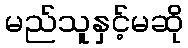
မည်သူနှင့်မဆို